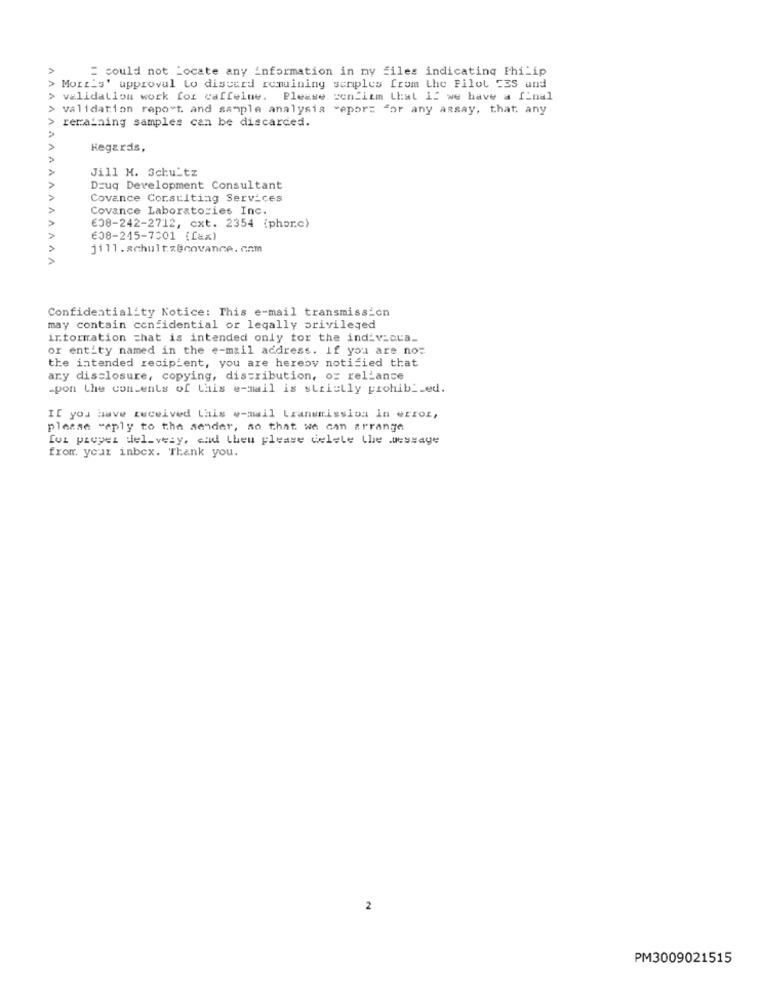
= could not Locate any information in my files indicating Philip
A
Morris' approval Lo discard remaining samples from the Pilot E3S and
> validation work for caffeine. Please confirm that If we have a final
> validation report and sample analysis vepor= "or any assay, that any
remaining samples can be discarded.
Regards,
AAAAAA
Jill M. Schultz
DEuq Development Consultant
Covance Consulting Services
Covance Laboratories Inc.
608-242-2712, cxt. 2354 (phorc)
V V
€08-245-7001 (fax)
Confidentiality Notice: This e-mail transmission
may contain confidential or legally privileged
information that is intended only for the individua_
or entity named in the e-mail address. If you are no:
the intended recipient, you are hereby notified that
ary disclosure, copying, distribution, oz reliance
.pon the contents of this e-mail is strictly prohibi.ed.
If you have received Lais e-mail Lzanumission in error,
please reply to the sender, so that we can arrange
foi preper del_very, cad Lheu please delete the message
from your inbox. Thank you.
2
PM3009021515